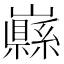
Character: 𡾥